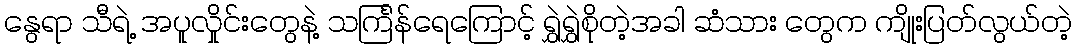
နွေရာ သီရဲ့ အပူလှိုင်းတွေနဲ့ သင်္ကြန်ရေကြောင့် ရွှဲရွှဲစိုတဲ့အခါ ဆံသား တွေက ကျိုးပြတ်လွယ်တဲ့